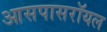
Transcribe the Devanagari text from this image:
आसपासरॉयल